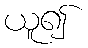
ယူ၍